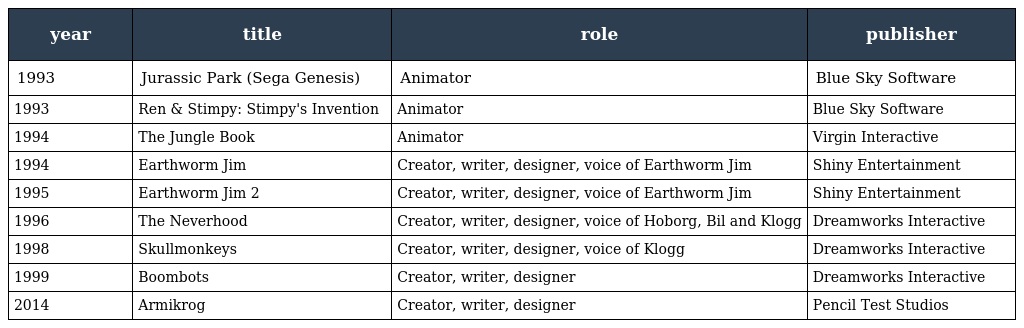
| year | title | role | publisher |
 | --- | --- | --- | --- |
 | 1993 | Jurassic Park (Sega Genesis) | Animator | Blue Sky Software |
 | 1993 | Ren & Stimpy: Stimpy's Invention | Animator | Blue Sky Software |
 | 1994 | The Jungle Book | Animator | Virgin Interactive |
 | 1994 | Earthworm Jim | Creator, writer, designer, voice of Earthworm Jim | Shiny Entertainment |
 | 1995 | Earthworm Jim 2 | Creator, writer, designer, voice of Earthworm Jim | Shiny Entertainment |
 | 1996 | The Neverhood | Creator, writer, designer, voice of Hoborg, Bil and Klogg | Dreamworks Interactive |
 | 1998 | Skullmonkeys | Creator, writer, designer, voice of Klogg | Dreamworks Interactive |
 | 1999 | Boombots | Creator, writer, designer | Dreamworks Interactive |
 | 2014 | Armikrog | Creator, writer, designer | Pencil Test Studios |